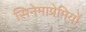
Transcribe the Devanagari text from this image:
सिनेमाप्रेमियों